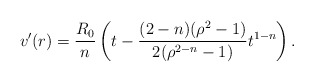
\begin{align*}v'(r)=\frac{R_0}{n}\left(t-\frac{(2-n)(\rho^2-1)}{2(\rho^{2-n}-1)}t^{1-n} \right).\end{align*}